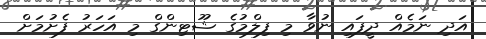
އަދި ނަމެއް ދީފައި ނުވާ މި ފިލްމުގެ ޝޫޓިންގް މި އަހަރު ފެށުމަށް